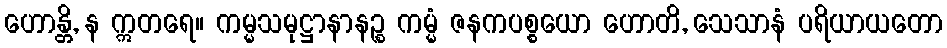
ဟောန္တိ, န ဣတရေ။ ကမ္မသမုဋ္ဌာနာနဉ္စ ကမ္မံ ဇနကပစ္စယော ဟောတိ, သေသာနံ ပရိယာယတော